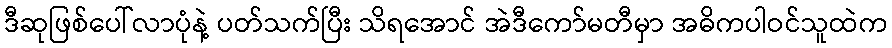
ဒီဆုဖြစ်ပေါ်လာပုံနဲ့ ပတ်သက်ပြီး သိရအောင် အဲဒီကော်မတီမှာ အဓိကပါဝင်သူထဲက